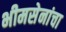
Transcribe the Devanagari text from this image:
भीमसेनांचा